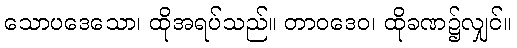
သောပဒေသော၊ ထိုအရပ်သည်။ တာဝဒေဝ၊ ထိုခဏ၌လျှင်။